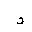
Letter: _waw